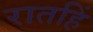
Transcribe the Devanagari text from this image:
रातहिं